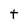
Character: t